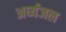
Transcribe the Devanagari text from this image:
अर्घ्यजल